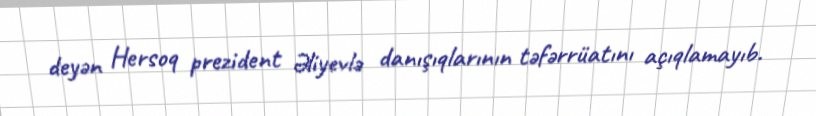
deyən Hersoq prezident Əliyevlə danışıqlarının təfərrüatını açıqlamayıb.